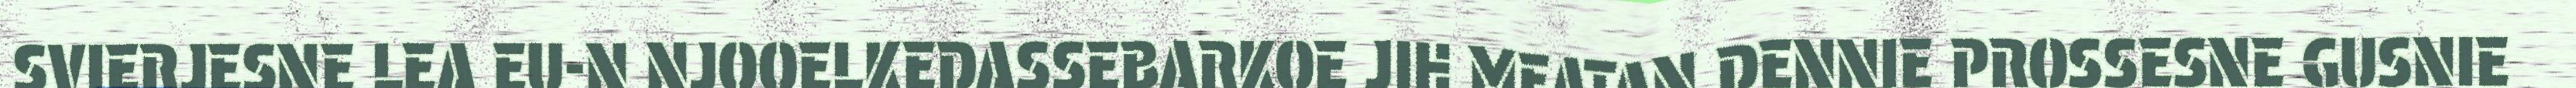
SVIERJESNE LEA EU-N NJOOELKEDASSEBARKOE JIH MEATAN DENNIE PROSSESNE GUSNIE